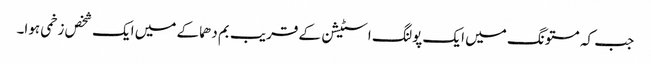
جب کہ مستونگ میں ایک پولنگ اسٹیشن کے قریب بم دھماکے میں ایک شخص زخمی ہوا۔